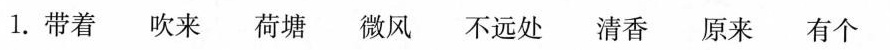
1.带着吹来荷塘微风不远处清香原来有个